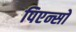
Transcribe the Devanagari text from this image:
पिएन्सो